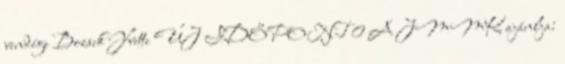
vendége Bozsik Yvette ÚJ IDŐPONT 0 A JMMK ajánlja: